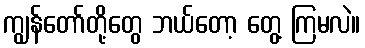
ကျွန်တော်တို့တွေ ဘယ်တော့ တွေ့ ကြမလဲ။